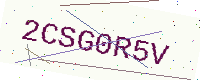
Text: 2CSG0R5V